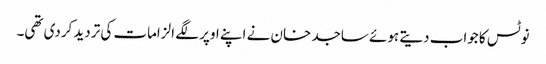
نوٹس کا جواب دیتے ہوئے ساجد خان نے اپنے اوپر لگے الزامات کی تردید کردی تھی۔